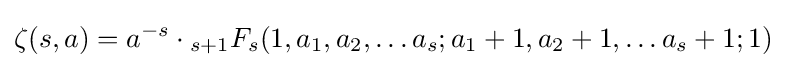
\zeta (s,a)=a^{-s}\cdot {}_{s+1}F_{s}(1,a_{1},a_{2},\ldots a_{s};a_{1}+1,a_{2}+1,\ldots a_{s}+1;1)